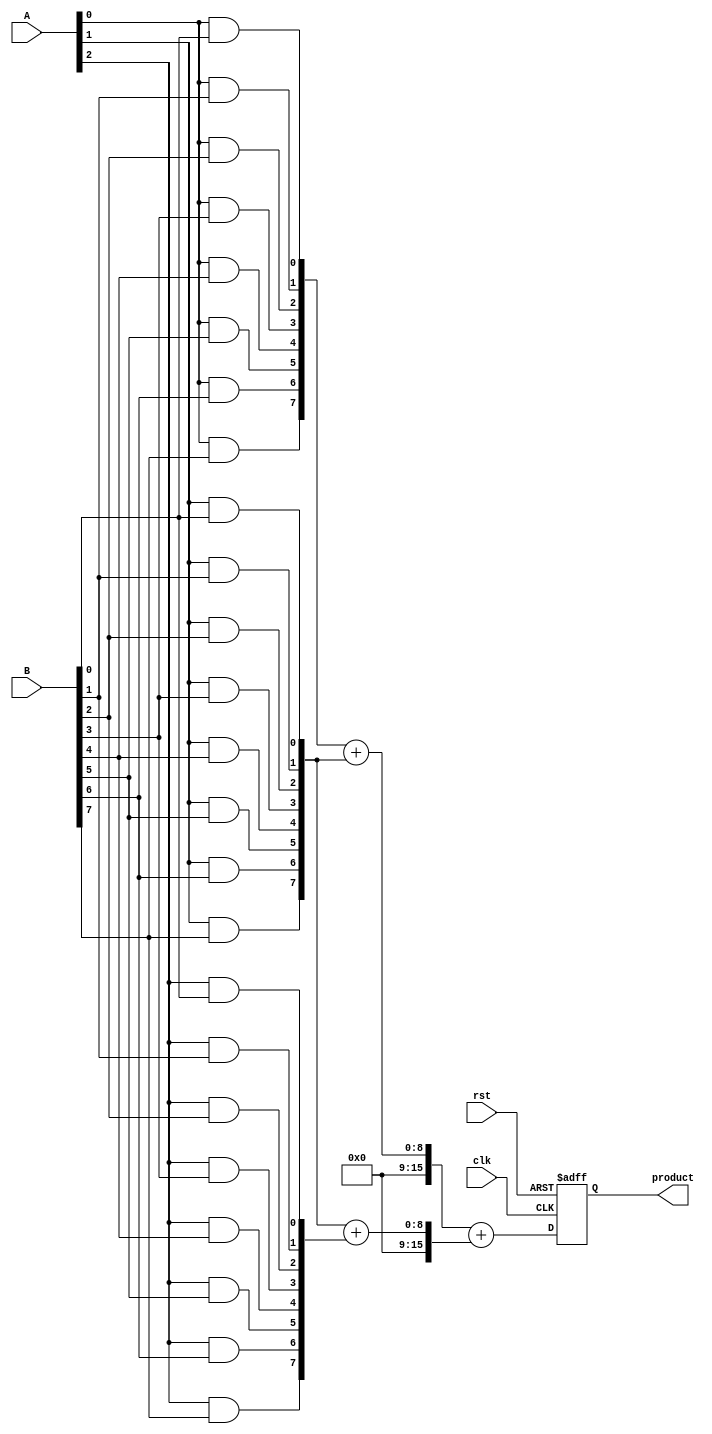
module PipelinedWallaceTreeMultiplier #(parameter N = 8) (
    input clk,
    input rst,
    input [N-1:0] A,
    input [N-1:0] B,
    output reg [2*N-1:0] product
);

    // Intermediate signals
    wire [N-1:0] partial_products[N-1:0];
    wire [2*N-1:0] stage1_out[N-1:0];
    wire [2*N-1:0] stage2_out[N-1:0];
    wire [2*N-1:0] final_sum;

    // Stage 1: Partial Product Generation
    genvar i, j;
    generate
        for (i = 0; i < N; i = i + 1) begin : gen_partial_products
            for (j = 0; j < N; j = j + 1) begin : gen_and
                assign partial_products[i][j] = A[i] & B[j];
            end
        end
    endgenerate

    // Stage 2: Wallace Tree Reduction
    // This is a simplified version; a full implementation would require more stages
    // and proper handling of carry bits.
    wire [2*N-1:0] sum_stage1[N-1:0];
    wire [2*N-1:0] carry_stage1[N-1:0];

    // Half Adder and Full Adder Logic
    generate
        for (i = 0; i < N-1; i = i + 1) begin : reduce_stage1
            assign {carry_stage1[i], sum_stage1[i]} = partial_products[i] + partial_products[i+1];
        end
    endgenerate

    // Stage 3: Final Addition
    // This example assumes a simple addition of the last two rows
    assign final_sum = sum_stage1[0] + sum_stage1[1];

    // Stage 4: Output Register
    always @(posedge clk or posedge rst) begin
        if (rst) begin
            product <= 0;
        end else begin
            product <= final_sum;
        end
    end

endmodule